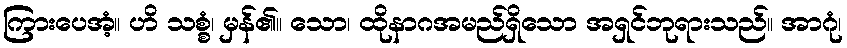
ကြားပေအံ့။ ဟိ သစ္စံ၊ မှန်၏။ သော၊ ထိုနာဂအမည်ရှိသော အရှင်ဘုရားသည်။ အာဂုံ၊